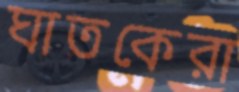
ঘাতকেরা